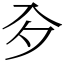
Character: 㒱